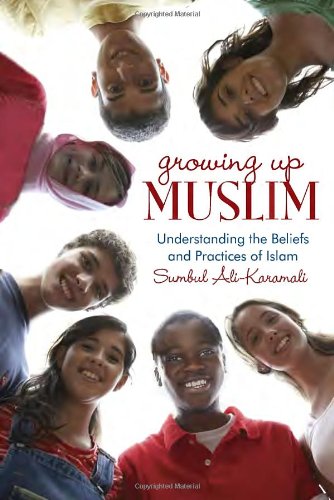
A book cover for Growing Up Muslim: Understanding the Beliefs and Practices of Islam; Sumbul Ali-Karamali; Children's Books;